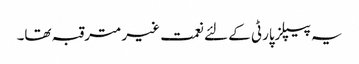
یہ پیپلزپارٹی کے لئے نعمت غیر مترقبہ تھا۔